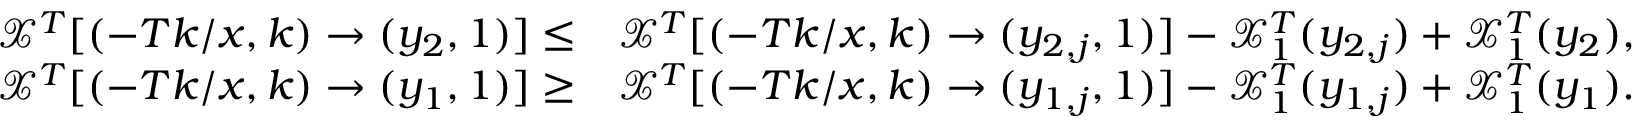
\begin{array} { r l } { \mathcal { X } ^ { T } [ ( - T k / x , k ) \to ( y _ { 2 } , 1 ) ] \leq } & { \mathcal { X } ^ { T } [ ( - T k / x , k ) \to ( y _ { 2 , j } , 1 ) ] - \mathcal { X } _ { 1 } ^ { T } ( y _ { 2 , j } ) + \mathcal { X } _ { 1 } ^ { T } ( y _ { 2 } ) , } \\ { \mathcal { X } ^ { T } [ ( - T k / x , k ) \to ( y _ { 1 } , 1 ) ] \geq } & { \mathcal { X } ^ { T } [ ( - T k / x , k ) \to ( y _ { 1 , j } , 1 ) ] - \mathcal { X } _ { 1 } ^ { T } ( y _ { 1 , j } ) + \mathcal { X } _ { 1 } ^ { T } ( y _ { 1 } ) . } \end{array}